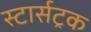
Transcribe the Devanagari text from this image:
स्टार्सट्रक